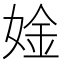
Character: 𫰾